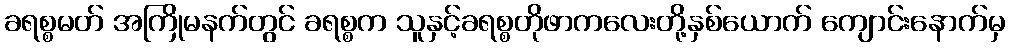
ခရစ္စမတ် အကြိုမနက်တွင် ခရစ္စက သူနှင့်ခရစ္စတိုဖာကလေးတို့နှစ်ယောက် ကျောင်းနောက်မှ